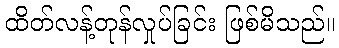
ထိတ်လန့်တုန်လှုပ်ခြင်း ဖြစ်မိသည်။